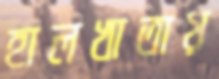
হালখাতায়